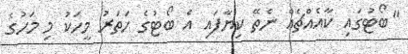
"ބޯޓުގައި ކާއެއްޗެއް ނެތޭ ކިޔާފައި އެ ބޯޓުގެ ހަތަރު މީހަކު މި މަހުގެ